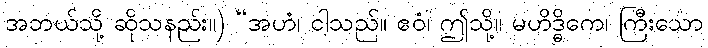
အဘယ်သို့ ဆိုသနည်း။) “အဟံ၊ ငါသည်။ ဧဝံ၊ ဤသို့။ မဟိဒ္ဓိကေ၊ ကြီးသော